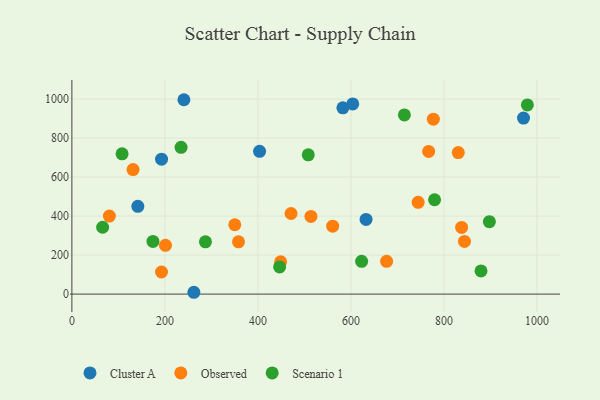
{"axis": {"x": "Experience", "y": "Rating"}, "legend": ["Cluster A", "Observed", "Scenario 1"], "data": [{"x": "240.9", "y": 996.3, "type": "Cluster A"}, {"x": "582.8", "y": 954.9, "type": "Cluster A"}, {"x": "403.6", "y": 732.0, "type": "Cluster A"}, {"x": "632.6", "y": 382.5, "type": "Cluster A"}, {"x": "971.2", "y": 902.1, "type": "Cluster A"}, {"x": "604.0", "y": 974.9, "type": "Cluster A"}, {"x": "192.8", "y": 691.4, "type": "Cluster A"}, {"x": "141.8", "y": 449.9, "type": "Cluster A"}, {"x": "262.3", "y": 9.3, "type": "Cluster A"}, {"x": "448.9", "y": 165.6, "type": "Observed"}, {"x": "471.3", "y": 413.0, "type": "Observed"}, {"x": "744.6", "y": 470.6, "type": "Observed"}, {"x": "676.8", "y": 167.7, "type": "Observed"}, {"x": "560.8", "y": 348.1, "type": "Observed"}, {"x": "192.7", "y": 113.3, "type": "Observed"}, {"x": "767.2", "y": 731.2, "type": "Observed"}, {"x": "201.2", "y": 250.1, "type": "Observed"}, {"x": "358.3", "y": 267.8, "type": "Observed"}, {"x": "838.1", "y": 341.7, "type": "Observed"}, {"x": "830.9", "y": 725.5, "type": "Observed"}, {"x": "350.3", "y": 355.4, "type": "Observed"}, {"x": "514.1", "y": 398.2, "type": "Observed"}, {"x": "777.3", "y": 896.7, "type": "Observed"}, {"x": "80.6", "y": 399.9, "type": "Observed"}, {"x": "844.2", "y": 270.1, "type": "Observed"}, {"x": "131.5", "y": 638.0, "type": "Observed"}, {"x": "107.9", "y": 719.2, "type": "Scenario 1"}, {"x": "897.8", "y": 371.0, "type": "Scenario 1"}, {"x": "174.3", "y": 270.1, "type": "Scenario 1"}, {"x": "234.8", "y": 752.5, "type": "Scenario 1"}, {"x": "508.3", "y": 713.8, "type": "Scenario 1"}, {"x": "66.1", "y": 342.7, "type": "Scenario 1"}, {"x": "779.9", "y": 483.5, "type": "Scenario 1"}, {"x": "623.1", "y": 167.9, "type": "Scenario 1"}, {"x": "715.0", "y": 918.6, "type": "Scenario 1"}, {"x": "446.7", "y": 139.0, "type": "Scenario 1"}, {"x": "879.8", "y": 118.9, "type": "Scenario 1"}, {"x": "979.5", "y": 969.4, "type": "Scenario 1"}, {"x": "287.2", "y": 267.9, "type": "Scenario 1"}]}